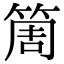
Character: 𥮐